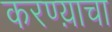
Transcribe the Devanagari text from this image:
करण्य़ाचा